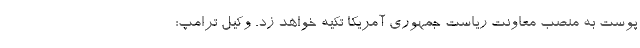
پوست به منصب معاونت ریاست جمهوری آمریکا تکیه خواهد زد. وکیل ترامپ: